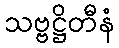
သဗ္ဗဋ္ဌိတီနံ